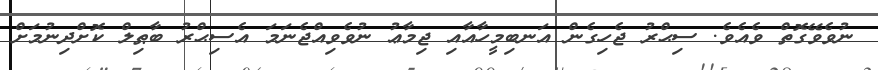
ނުވެވޭގޮތް ވެއެވެ. ސިޙްރު ޖެހިގެން އަނބިމީހާއާއި ޖިމާޢު ނުވެވިއްޖެނަމަ އެސިޙްރު ބާޠިލް ކޮށްދިނުމަށް